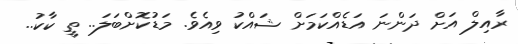
ރާއިލް އަށް ދަންނަ އަޑެއްކަމަށް ޝައްކު ވިއެވެ. މަޑުކޮށްބަލަ.. ތީ ކާކު..